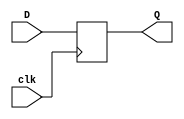
(* dont_touch = "yes" *)
module D_Flip_Flop(
    input clk,
    input D,
    output reg Q
    );

    always@(posedge clk)
        Q <= D;

endmodule